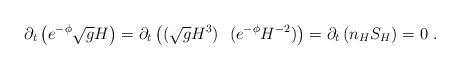
LaTeX: \begin{align*}\partial_t \left(e^{-\phi} \sqrt{g} H \right) =\partial_t \left((\sqrt{g} H^3)~~( e^{-\phi} H^{-2}) \right) = \partial_t \left( n_H S_H \right) = 0~.\end{align*}